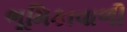
ભૂમિકાવાળી